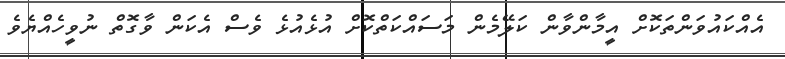
އެއްކައުވަންތަކޮށް އީމާންވާން ކަލޭމެން މަސައްކަތްކޮށް އުޅެއުޅެ ވެސް އެކަން ވާގޮތް ނުވީހެއްޔެވެ